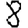
Digit: 8